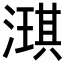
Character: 𬈲